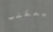
بمكتب